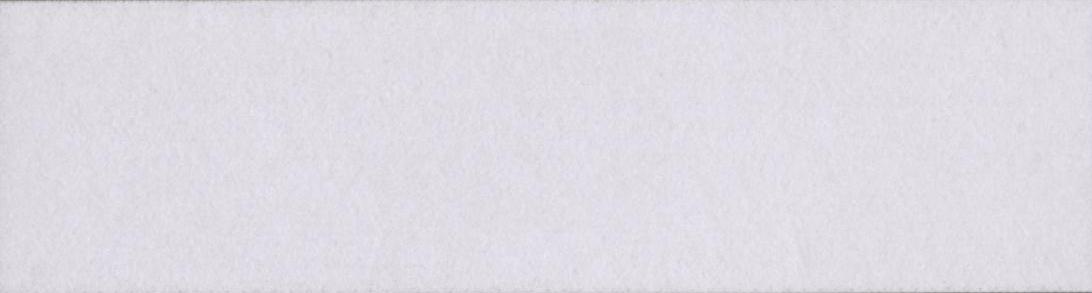
समस्तीपुरी